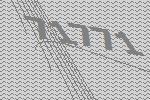
71771